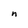
Character: n